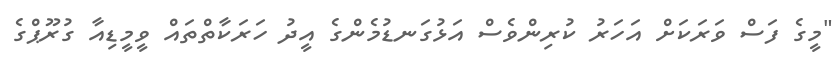
"މީގެ ފަސް ވަރަކަށް އަހަރު ކުރިންވެސް އަޅުގަނޑުމެންގެ އީދު ހަރަކާތްތައް ވީމީޑިއާ ގުރޫޕްގެ